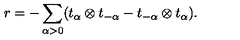
r = - \sum _ { \alpha > 0 } ( t _ { \alpha } \otimes t _ { - \alpha } - t _ { - \alpha } \otimes t _ { \alpha } ) .